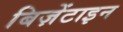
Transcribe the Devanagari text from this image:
बिज़ेंटाइन